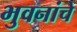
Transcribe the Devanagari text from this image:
भुवनांचे